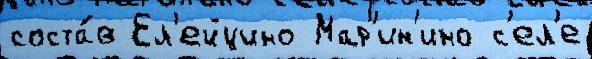
соста́в Ел'ейцино Мар'ин'ино с'ел'е